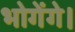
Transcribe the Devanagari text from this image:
भोगेंगे।